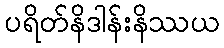
ပရိတ်နိဒါန်းနိဿယ